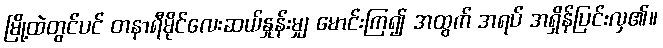
မြို့ထဲတွင်ပင် တနာရီမိုင်လေးဆယ်နှုန်းမျှ မောင်းကြ၍ အထွက် အရပ် အရှိန်ပြင်းလှ၏။